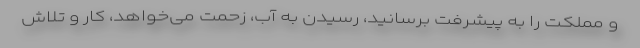
و مملکت را به پیشرفت برسانید، رسیدن به آب، زحمت می‌خواهد، کار و تلاش